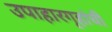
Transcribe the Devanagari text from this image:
उपाहारगृहांची